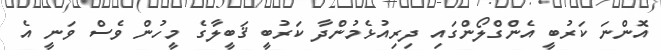
އޮންނަ ކަރުބީ އެންގްލޯންގައި ދިރިއުޅެމުންދާ ކަރުބީ ޤަބީލާގެ މީހުން ވެސް ވަނީ އެ